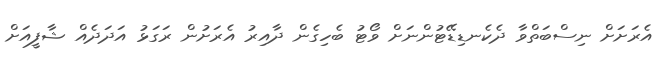
އެރަށަށް ނިސްބަތްވާ ދެކެނޑިޑޭޓުންނަށް ވޯޓު ބެހިގެން ދާއިރު އެރަށުން ރަގަޅު އަދަދެއް ޝާފީއަށް